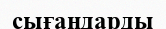
сығандарды